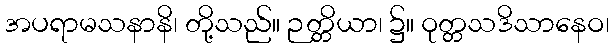
အပရာမသနာနိ၊ တို့သည်။ ဉတ္တိယာ၊ ၌။ ဝုတ္တသဒိသာနေဝ၊